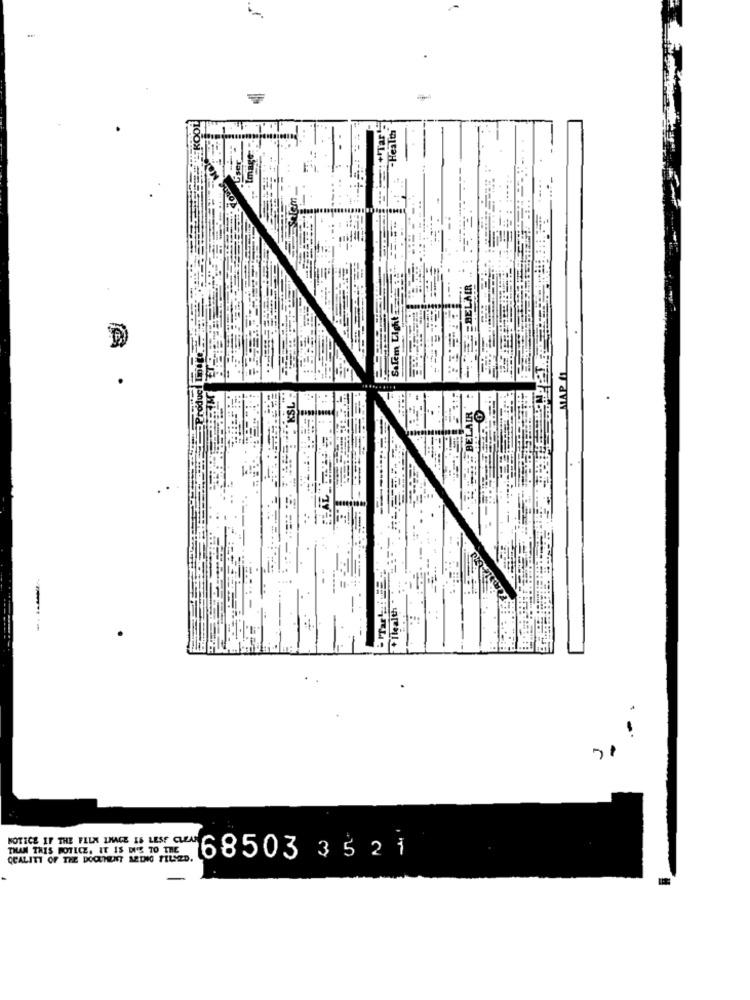
Health
MAP 11
SE BELAIR
NOTICE IF THE FILM LIGE IS LESS CLEAN
THAN THIS POTLCZ, IT IS DUE TO THE
QUALITY OF THE DOCUMENT ARING TILSED.
468503 3521